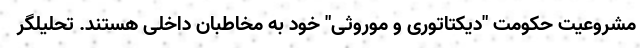
مشروعیت حکومت "دیکتاتوری و موروثی" خود به مخاطبان داخلی هستند. تحلیلگر